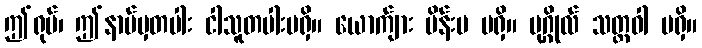
ဤရုပ်၊ ဤနာမ်မှတပါး ငါသူတပါးမရှိ။ ယောက်ျား မိန်းမ မရှိ။ ပုဂ္ဂိုလ် သတ္တဝါ မရှိ။